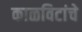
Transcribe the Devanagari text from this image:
काळविटांचे